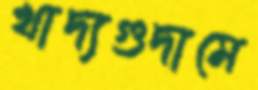
খাদ্যগুদামে